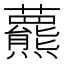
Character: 𧄾